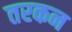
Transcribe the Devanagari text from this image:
तरकन